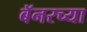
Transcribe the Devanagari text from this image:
बॅनरच्या